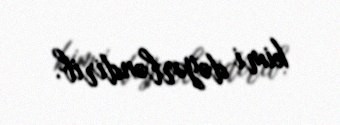
kimi dəyərləndirib.